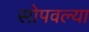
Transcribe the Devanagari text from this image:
सोपवल्या